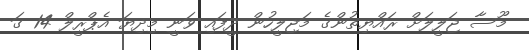
މޫސާ ޖަލީލަށް ރައްޔިތުންގެ މަޖިލީހުން ދީފައި ވަނީ މިދިޔަ އެޕްރީލް 14 ގަ